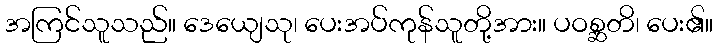
အကြင်သူသည်။ ဒေယျေသု၊ ပေးအပ်ကုန်သူတို့အား။ ပဝစ္ဆတိ၊ ပေး၏။